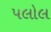
પલોલ